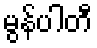
မွန်ပါတီ